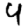
Digit: 4